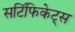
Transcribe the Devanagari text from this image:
सटि॔फिकेट्स